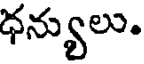
ధన్యులు.